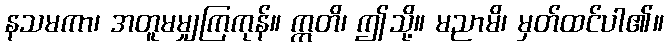
နသမကာ၊ အတူမမျှကြကုန်။ ဣတိ၊ ဤသို့။ မညာမိ၊ မှတ်ထင်ပါ၏။